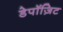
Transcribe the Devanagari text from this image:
डेपॉज़िट